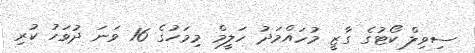
ސިވިލް ކޯޓުގެ ގާޒީ މުހައްމަދު ހަލީމް މިމަހުގެ 16 ވަނަ ދުވަހު ކުރި